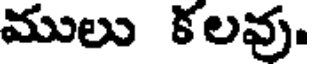
ములు కలవు.